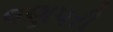
વણપરી